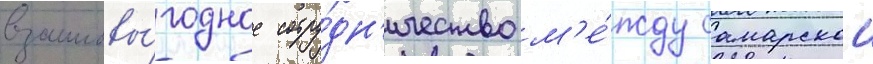
взаимовы́годное сотру́дн'ичество м'е́жду самарскои